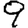
Digit: 9